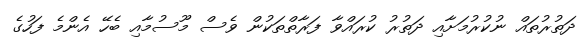
ދަތުރުތައް ނުކުރުމަށާއި ދަތުރު ކުރައްވާ ފަރާތްތަކުން ވެސް މޫސުމާއި ބެހޭ އެންމެ ފަހުގެ